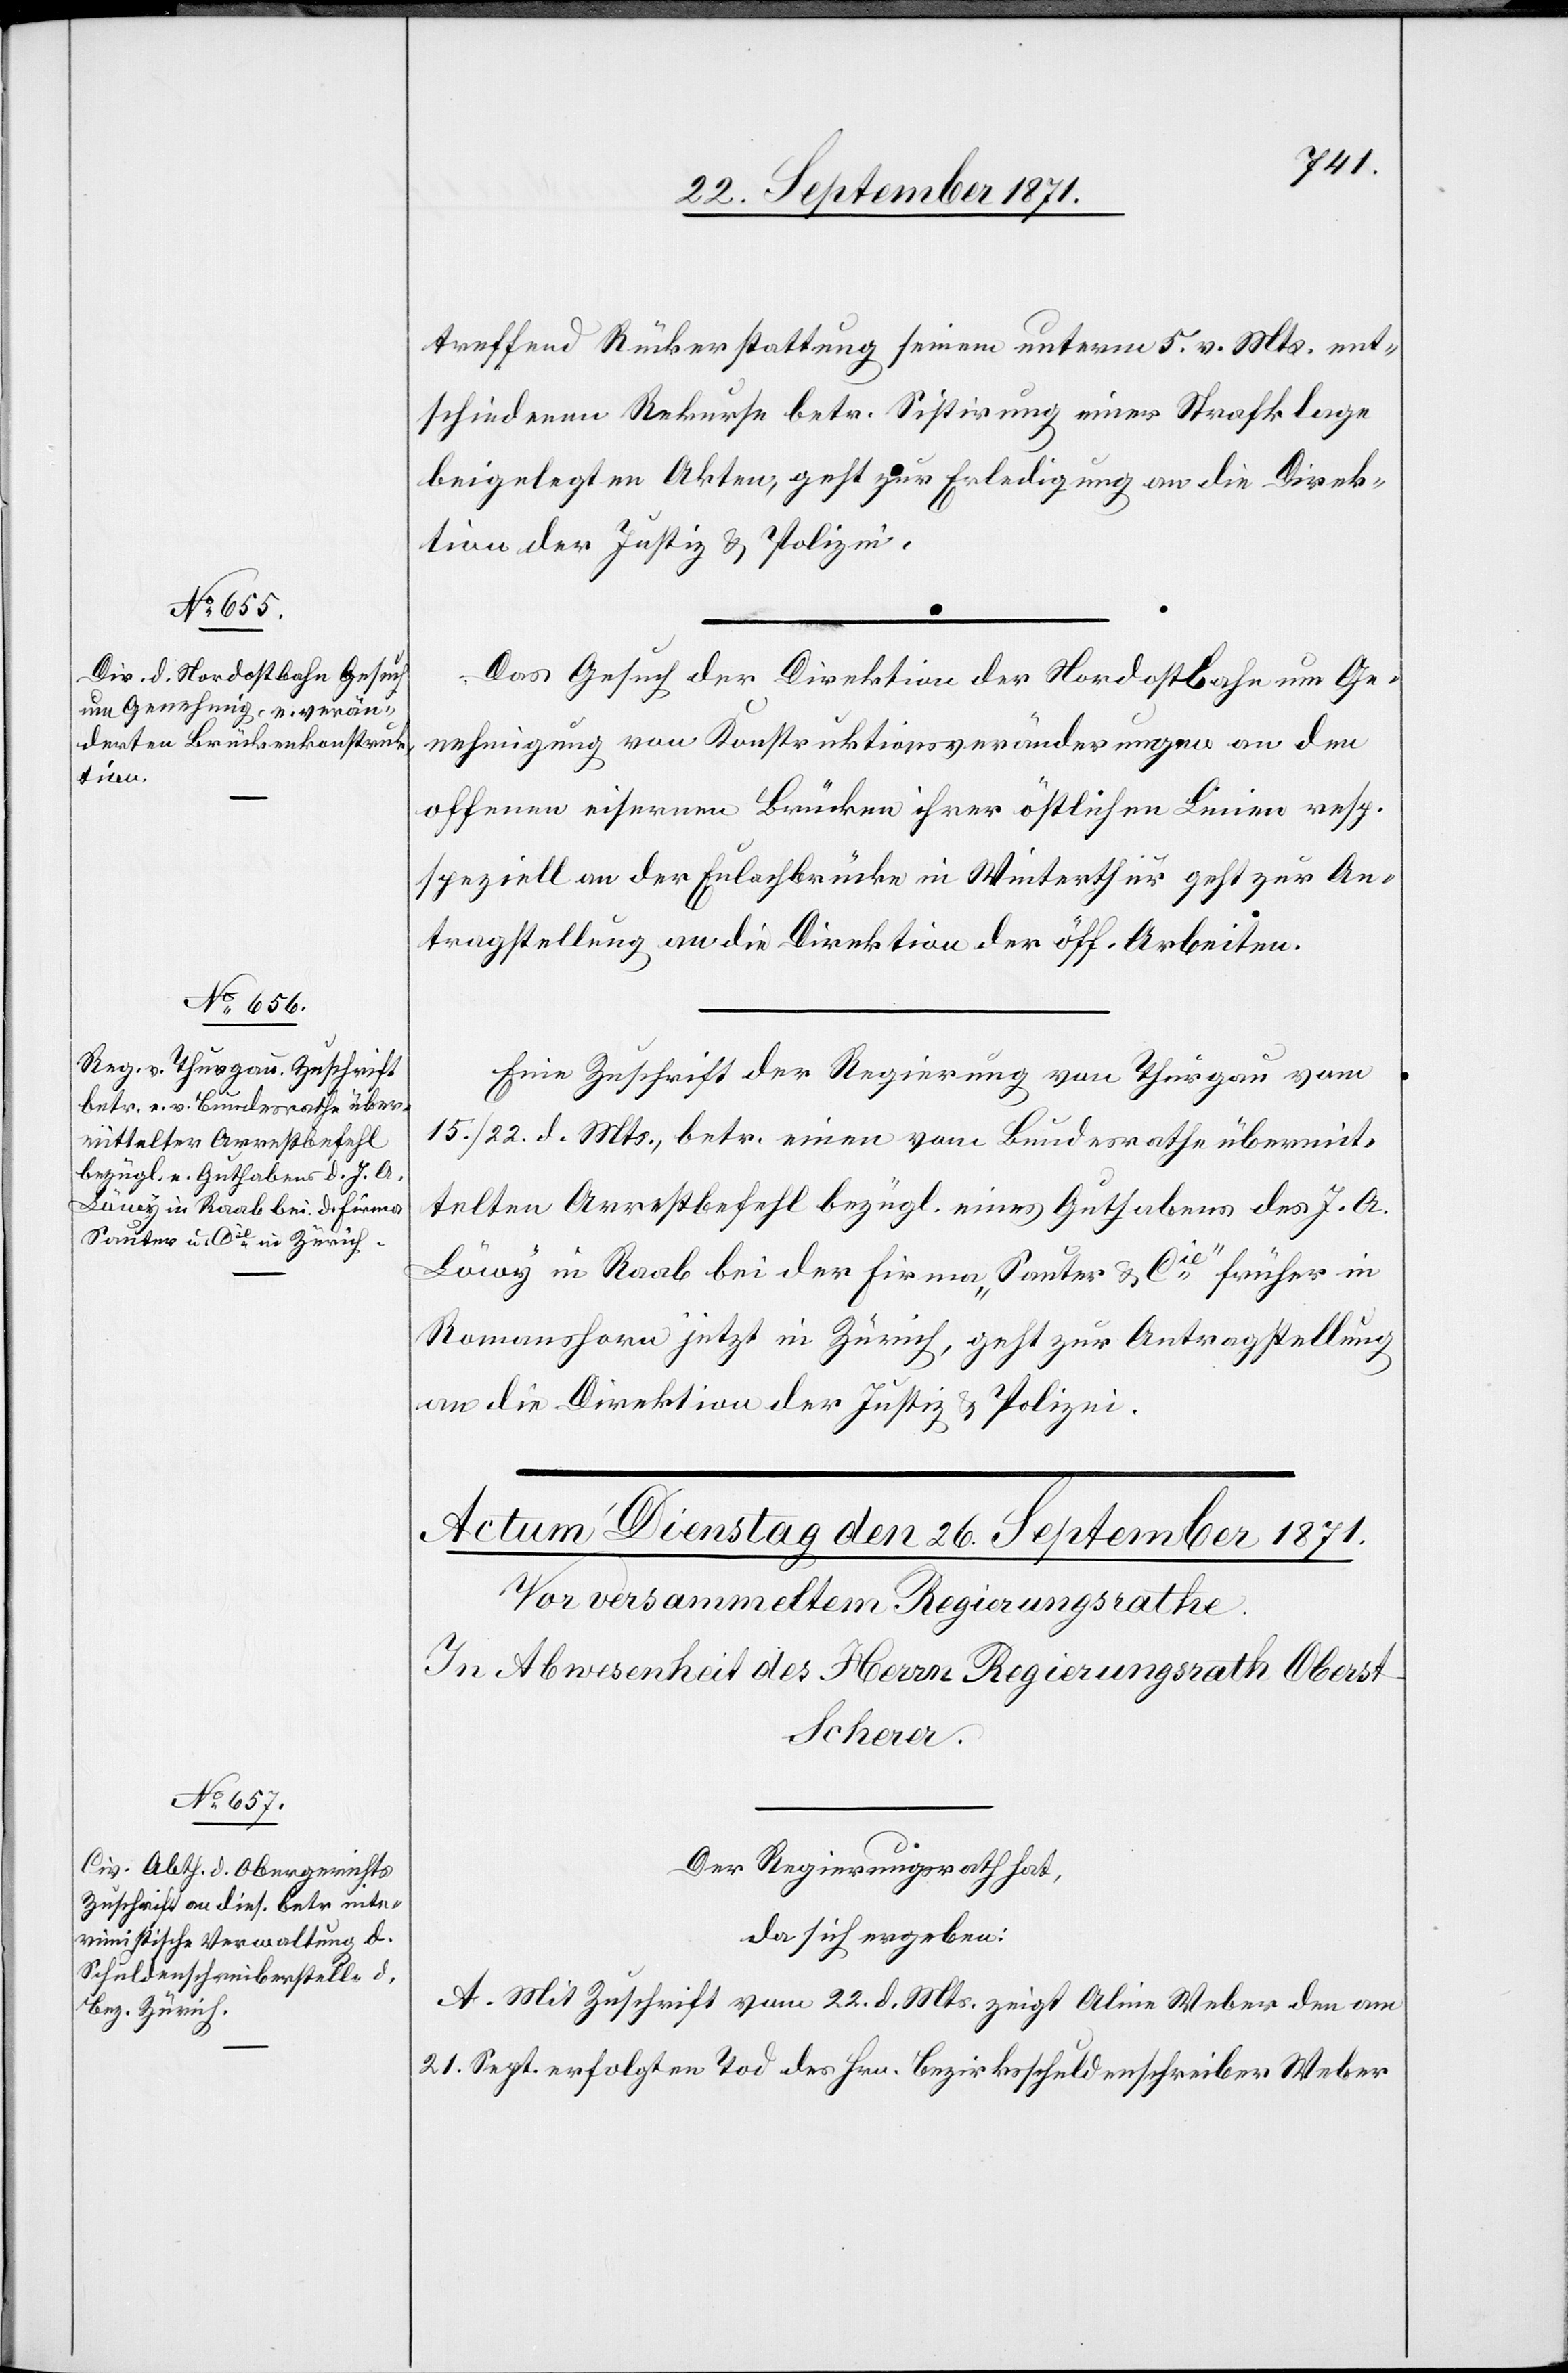
25. September 1871.]
treffend Rückerstattung seiner unterm 5. v. Mts. ent¬
schiedenen Rekurse betr. Sistirung einer Strafklage
beigelegten Akten, geht zur Erledigung an die Direk¬
tion der Justiz & Polizei.
Das Gesuch der Direktion der Nordostbahn um Ge¬
nehmigung von Konstruktionsveränderungen an den
offenen eisernen Brücken ihrer öffentlichen Linien resp.
speziell an der Eulachbrücke in Winterthur geht zur An¬
tragstellung an die Direktion der öff. Arbeiten.
Eine Zuschrift der Regierung von Thurgau vom
15./22. d. Mts., betr. einen vom Bundesrathe übermit¬
telten Arrestbefehl bezügl. eines Guthabens des J. A.
Löwy in Raab bei der Firma „Sauter & Cie“ früher in
Romanshorn jetzt in Zürich, geht zur Antragstellung
an die Direktion der Justiz & Polizei.
Der Regierungsrath hat,
da sich ergeben:
A. Mit Zuschrift vom 22. d. Mts. zeigt Aline Weber den am
21. Sept. erfolgten Tod des Hrn. Bezirksschuldschreiber Weber